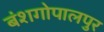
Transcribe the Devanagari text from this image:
बंशगोपालपुर